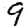
Digit: 9